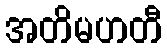
အတိမဟတီ